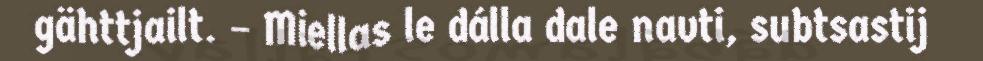
gähttjailt. – Miellas le dálla dale navti, subtsastij